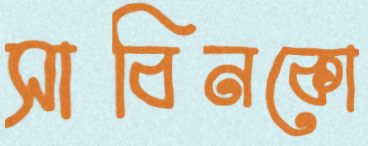
সাবিনকো